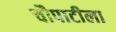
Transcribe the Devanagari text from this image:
चौपाटीला